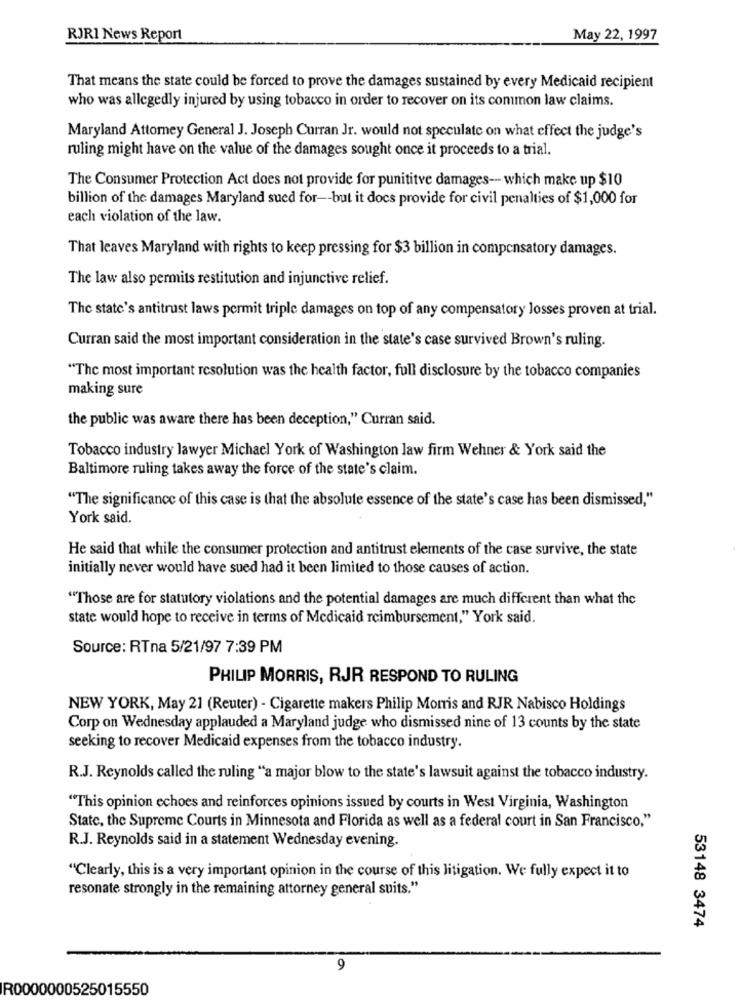
RJRI News Report
May 22, 1997
That means the state could be forced to prove the damages sustained by every Medicaid recipient
who was allegedly injured by using tobacco in order to recover on its common law claims.
Maryland Attorney General J. Joseph Curran Jr. would not speculate on what effect the judge's
ruling might have on the value of the damages sought once it proceeds to a trial.
The Consumer Protection Act does not provide for punitive damages --- which make up $10
billion of the damages Maryland sued for -- but it docs provide for civil penalties of $1,000 for
each violation of the law.
That leaves Maryland with rights to keep pressing for $3 billion in compensatory damages.
The law also permits restitution and injunctive relief.
The state's antitrust laws permit triple damages on top of any compensatory losses proven at trial.
Curran said the most important consideration in the state's case survived Brown's ruling.
"The most important resolution was the health factor, full disclosure by the tobacco companies
making sure
the public was aware there has been deception," Curran said.
Tobacco industry lawyer Michael York of Washington law firm Wehner & York said the
Baltimore ruling takes away the force of the state's claim.
"The significance of this case is that the absolute essence of the state's case has been dismissed,"
York said.
He said that while the consumer protection and antitrust elements of the case survive, the state
initially never would have sued had it been limited to those causes of action.
"Those are for statutory violations and the potential damages are much different than what the
state would hope to receive in terms of Medicaid reimbursement," York said.
Source: RTna 5/21/97 7:39 PM
PHILIP MORRIS, RJR RESPOND TO RULING
NEW YORK, May 21 (Reuter) - Cigarette makers Philip Morris and RJR Nabisco Holdings
Corp on Wednesday applauded a Maryland judge who dismissed nine of 13 counts by the state
seeking to recover Medicaid expenses from the tobacco industry.
R.J. Reynolds called the ruling "a major blow to the state's lawsuit against the tobacco industry.
"This opinion echoes and reinforces opinions issued by courts in West Virginia, Washington
State, the Supreme Courts in Minnesota and Florida as well as a federal court in San Francisco,"
R.J. Reynolds said in a statement Wednesday evening.
"Clearly, this is a very important opinion in the course of this litigation. We fully expect it to
resonate strongly in the remaining attorney general suits."
53148 3474
9
R0000000525015550